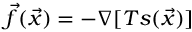
\vec { f } ( \vec { x } ) = - \nabla [ T s ( \vec { x } ) ]